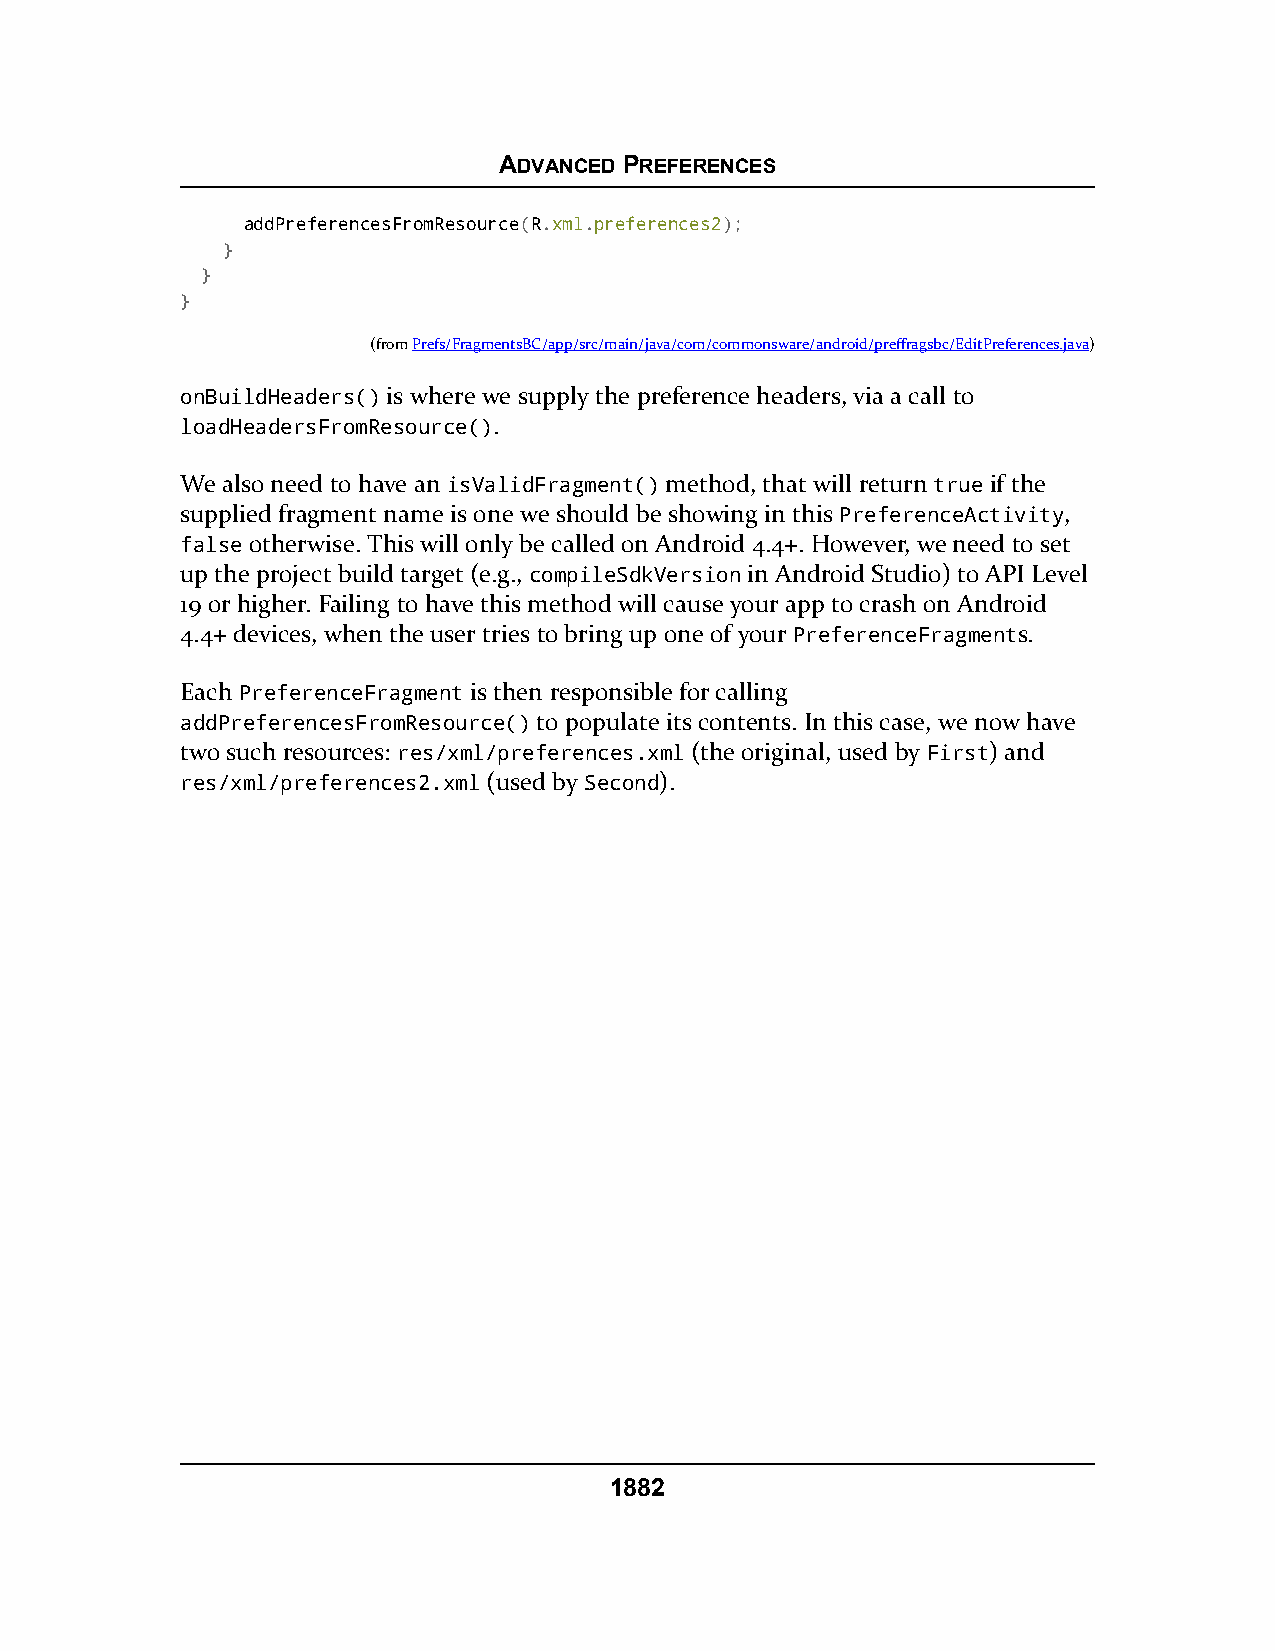
ADVANCED PREFERENCES
 addPreferencesFromResource(R.xml.preferences2);
 }
 }
 }
 (fromPrefs/FragmentsBC/app/src/main/java/com/commonsware/android/preffragsbc/EditPreferences.java)
 onBuildHeaders() is where we supply the preference headers, via a call to
 loadHeadersFromResource().
 We also need to have an isValidFragment() method, that will return true if the
 supplied fragment name is one we should be showing in this PreferenceActivity,
 false otherwise. This will only be called on Android 4.4+. However, we need to set
 up the project build target (e.g., compileSdkVersion in Android Studio) to API Level
 19 or higher. Failing to have this method will cause your app to crash on Android
 4.4+ devices, when the user tries to bring up one of your PreferenceFragments.
 Each PreferenceFragment is then responsible for calling
 addPreferencesFromResource() to populate its contents. In this case, we now have
 two such resources: res/xml/preferences.xml (the original, used by First) and
 res/xml/preferences2.xml (used by Second).
 1882